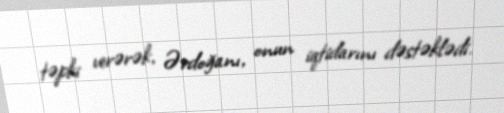
təpki verərək, Ərdoğanı, onun iqtidarını dəstəklədi.